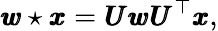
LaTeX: \pmb{w}\star\pmb{x}=\pmb{U}\pmb{w}\pmb{U}^{\top}\pmb{x},